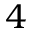
4